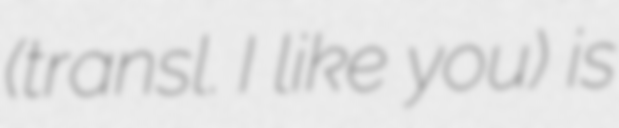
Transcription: (transl. I like you) is